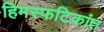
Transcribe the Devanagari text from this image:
हिमस्फटिकांत